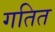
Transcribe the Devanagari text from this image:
गतित